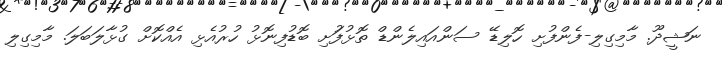
ނަޝީދޫ. މާމިގިލި-ފެންފުށި ހޮލިޑޭ ސަންއައިލެންޑް ތޮޅުފުަށި ބޮޑުފިނޮޅު ހުރުއެޅި އެއްކޮށް ގުޅާލަބަލަ. މާމިގިލި